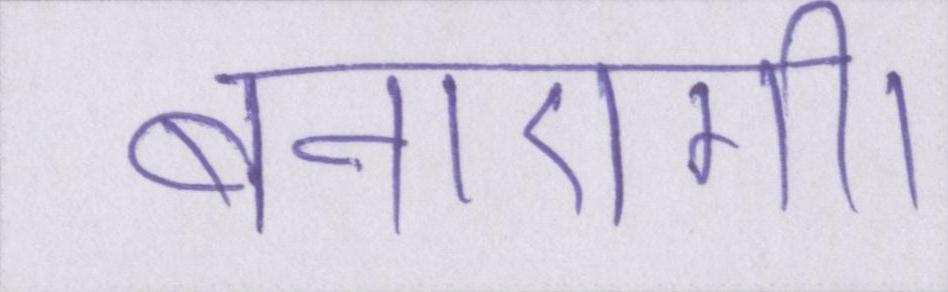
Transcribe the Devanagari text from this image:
बनाएगी।